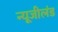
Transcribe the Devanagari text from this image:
न्यूजीलंड